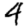
Digit: 4